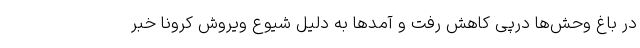
در باغ وحش‌ها درپی کاهش رفت و آمدها به دلیل شیوع ویروش کرونا خبر